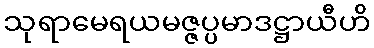
သုရာမေရယမဇ္ဇပ္ပမာဒဋ္ဌာယီဟိ